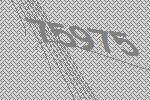
75975